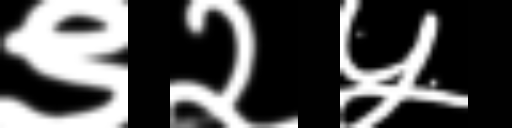
Text: ९२५